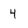
Character: 4